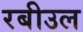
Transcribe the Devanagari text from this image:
रबीउल